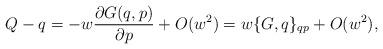
LaTeX: \begin{align*}Q-q=-w {\partial G(q,p) \over \partial p }+O(w^2)=w\{G,q\}_{qp}+O(w^2) ,\end{align*}